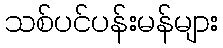
သစ်ပင်ပန်းမန်များ